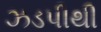
ઝડપીથી